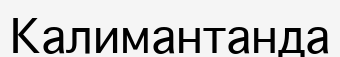
Калимантанда